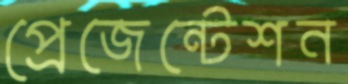
প্রেজেন্টেশন